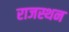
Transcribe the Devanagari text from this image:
राजस्थन